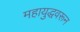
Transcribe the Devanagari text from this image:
महायुद्धवरून